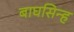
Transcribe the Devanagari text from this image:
बाघसिन्ह